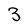
Character: 3